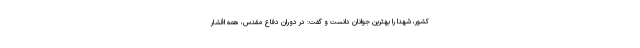
کشور، شهدا را بهترین جوانان دانست و گفت: در دوران دفاع مقدس، همه اقشار